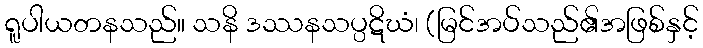
ရူပါယတနသည်။ သနိ ဒဿနသပ္ပဋိဃံ၊ (မြင်အပ်သည်၏အဖြစ်နှင့်